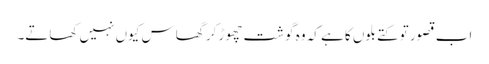
اب قصور تو کتے بلوں کا ہے کہ وہ گوشت چھوڑ کر گھاس کیوں نہیں کھاتے۔